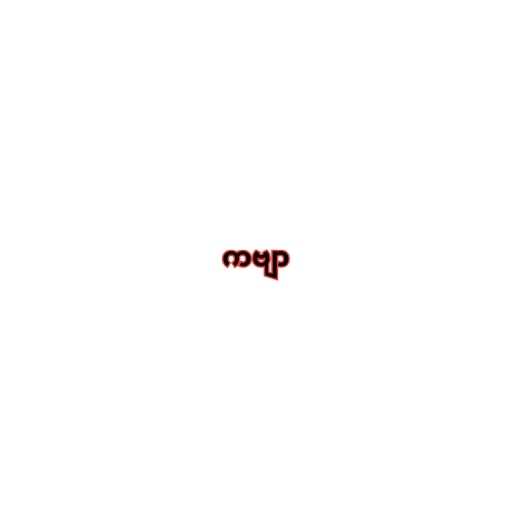
ကဗျာ